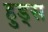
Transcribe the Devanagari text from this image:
हुड्स